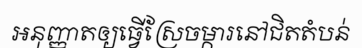
អនុញ្ញាតឲ្យធ្វើស្រែចម្ការនៅជិតតំបន់